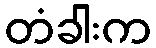
တံခါးက